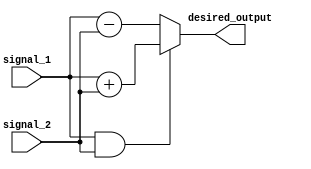
module generate_function(input signal_1, input signal_2, output desired_output);
    always @* begin
        if(signal_1 && signal_2) begin
            desired_output = signal_1 + signal_2;
        end
        else begin
            desired_output = signal_1 - signal_2;
        end
    end
endmodule